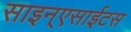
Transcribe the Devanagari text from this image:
साइन्एसाईटस